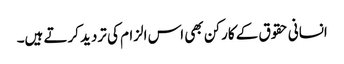
انسانی حقوق کے کارکن بھی اس الزام کی تردید کرتے ہیں۔